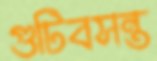
গুটিবসন্ত